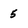
Character: 5